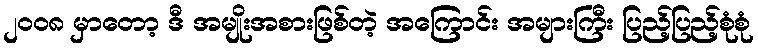
၂၀၀၈ မှာတော့ ဒီ အမျိုးအစားဖြစ်တဲ့ အကြောင်း အများကြီး ပြည့်ပြည့်စုံစုံ